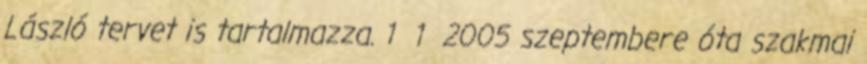
László tervet is tartalmazza. 1 1 2005 szeptembere óta szakmai